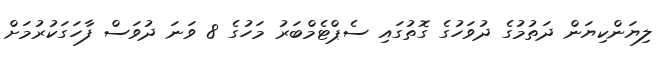
ލިޔަންކިޔަން ދަތުމުގެ ދުވަހުގެ ގޮތުގައި ސެޕްޓެމްބަރު މަހުގެ 8 ވަނަ ދުވަސް ފާހަގަކުރުމަށް